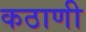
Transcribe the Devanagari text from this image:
कठाणी